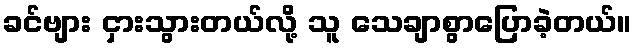
ခင်ဗျား ငှားသွားတယ်လို့ သူ သေချာစွာပြောခဲ့တယ်။